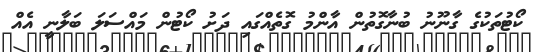
ކޯޓުތަކުގެ ގާނޫނު ބުނާގޮތުން އާންމު ގޮތެއްގައި ދަށު ކޯޓުން މައްސަލަ ބަލާނީ އެއް